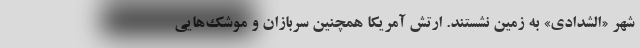
شهر «الشدادی» به زمین نشستند. ارتش آمریکا همچنین سربازان و موشک‌هایی